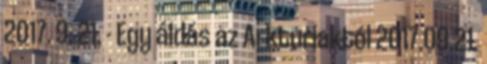
2017. 9. 21. - Egy áldás az Arkturiaktól 2017.09.21.